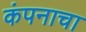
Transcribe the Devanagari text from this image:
कंपनाचा